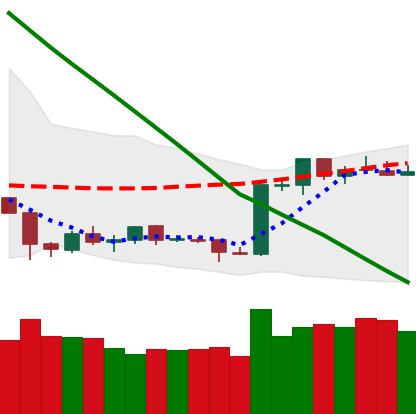
Ticker: ETH-USD
Chart end date: 2019-02-15
Forward return: 22.485%
Label: up_7plus